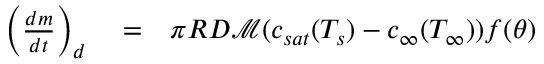
\begin{array} { r l r } { \left( \frac { d m } { d t } \right) _ { d } } & { { } = } & { \pi R { \cal D } \mathcal { M } ( c _ { s a t } ( T _ { s } ) - c _ { \infty } ( T _ { \infty } ) ) f ( \theta ) } \end{array}